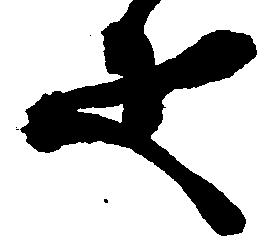
疋